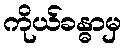
ကိုယ်ခန္ဓာမှ